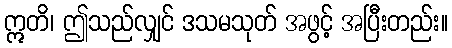
ဣတိ၊ ဤသည်လျှင် ဒသမသုတ် အဖွင့် အပြီးတည်း။